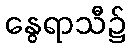
နွေရာသီ၌